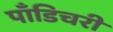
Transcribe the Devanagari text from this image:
पाँडिचरी